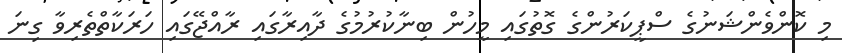
މި ކޮންވެންޝަނުގެ ސްޕީކަރުންގެ ގޮތުގައި މީހުން ބިނާކުރުމުގެ ދާއިރާގައި ރާއްޖޭގައި ހަރަކާތްތެރިވާ ގިނަ